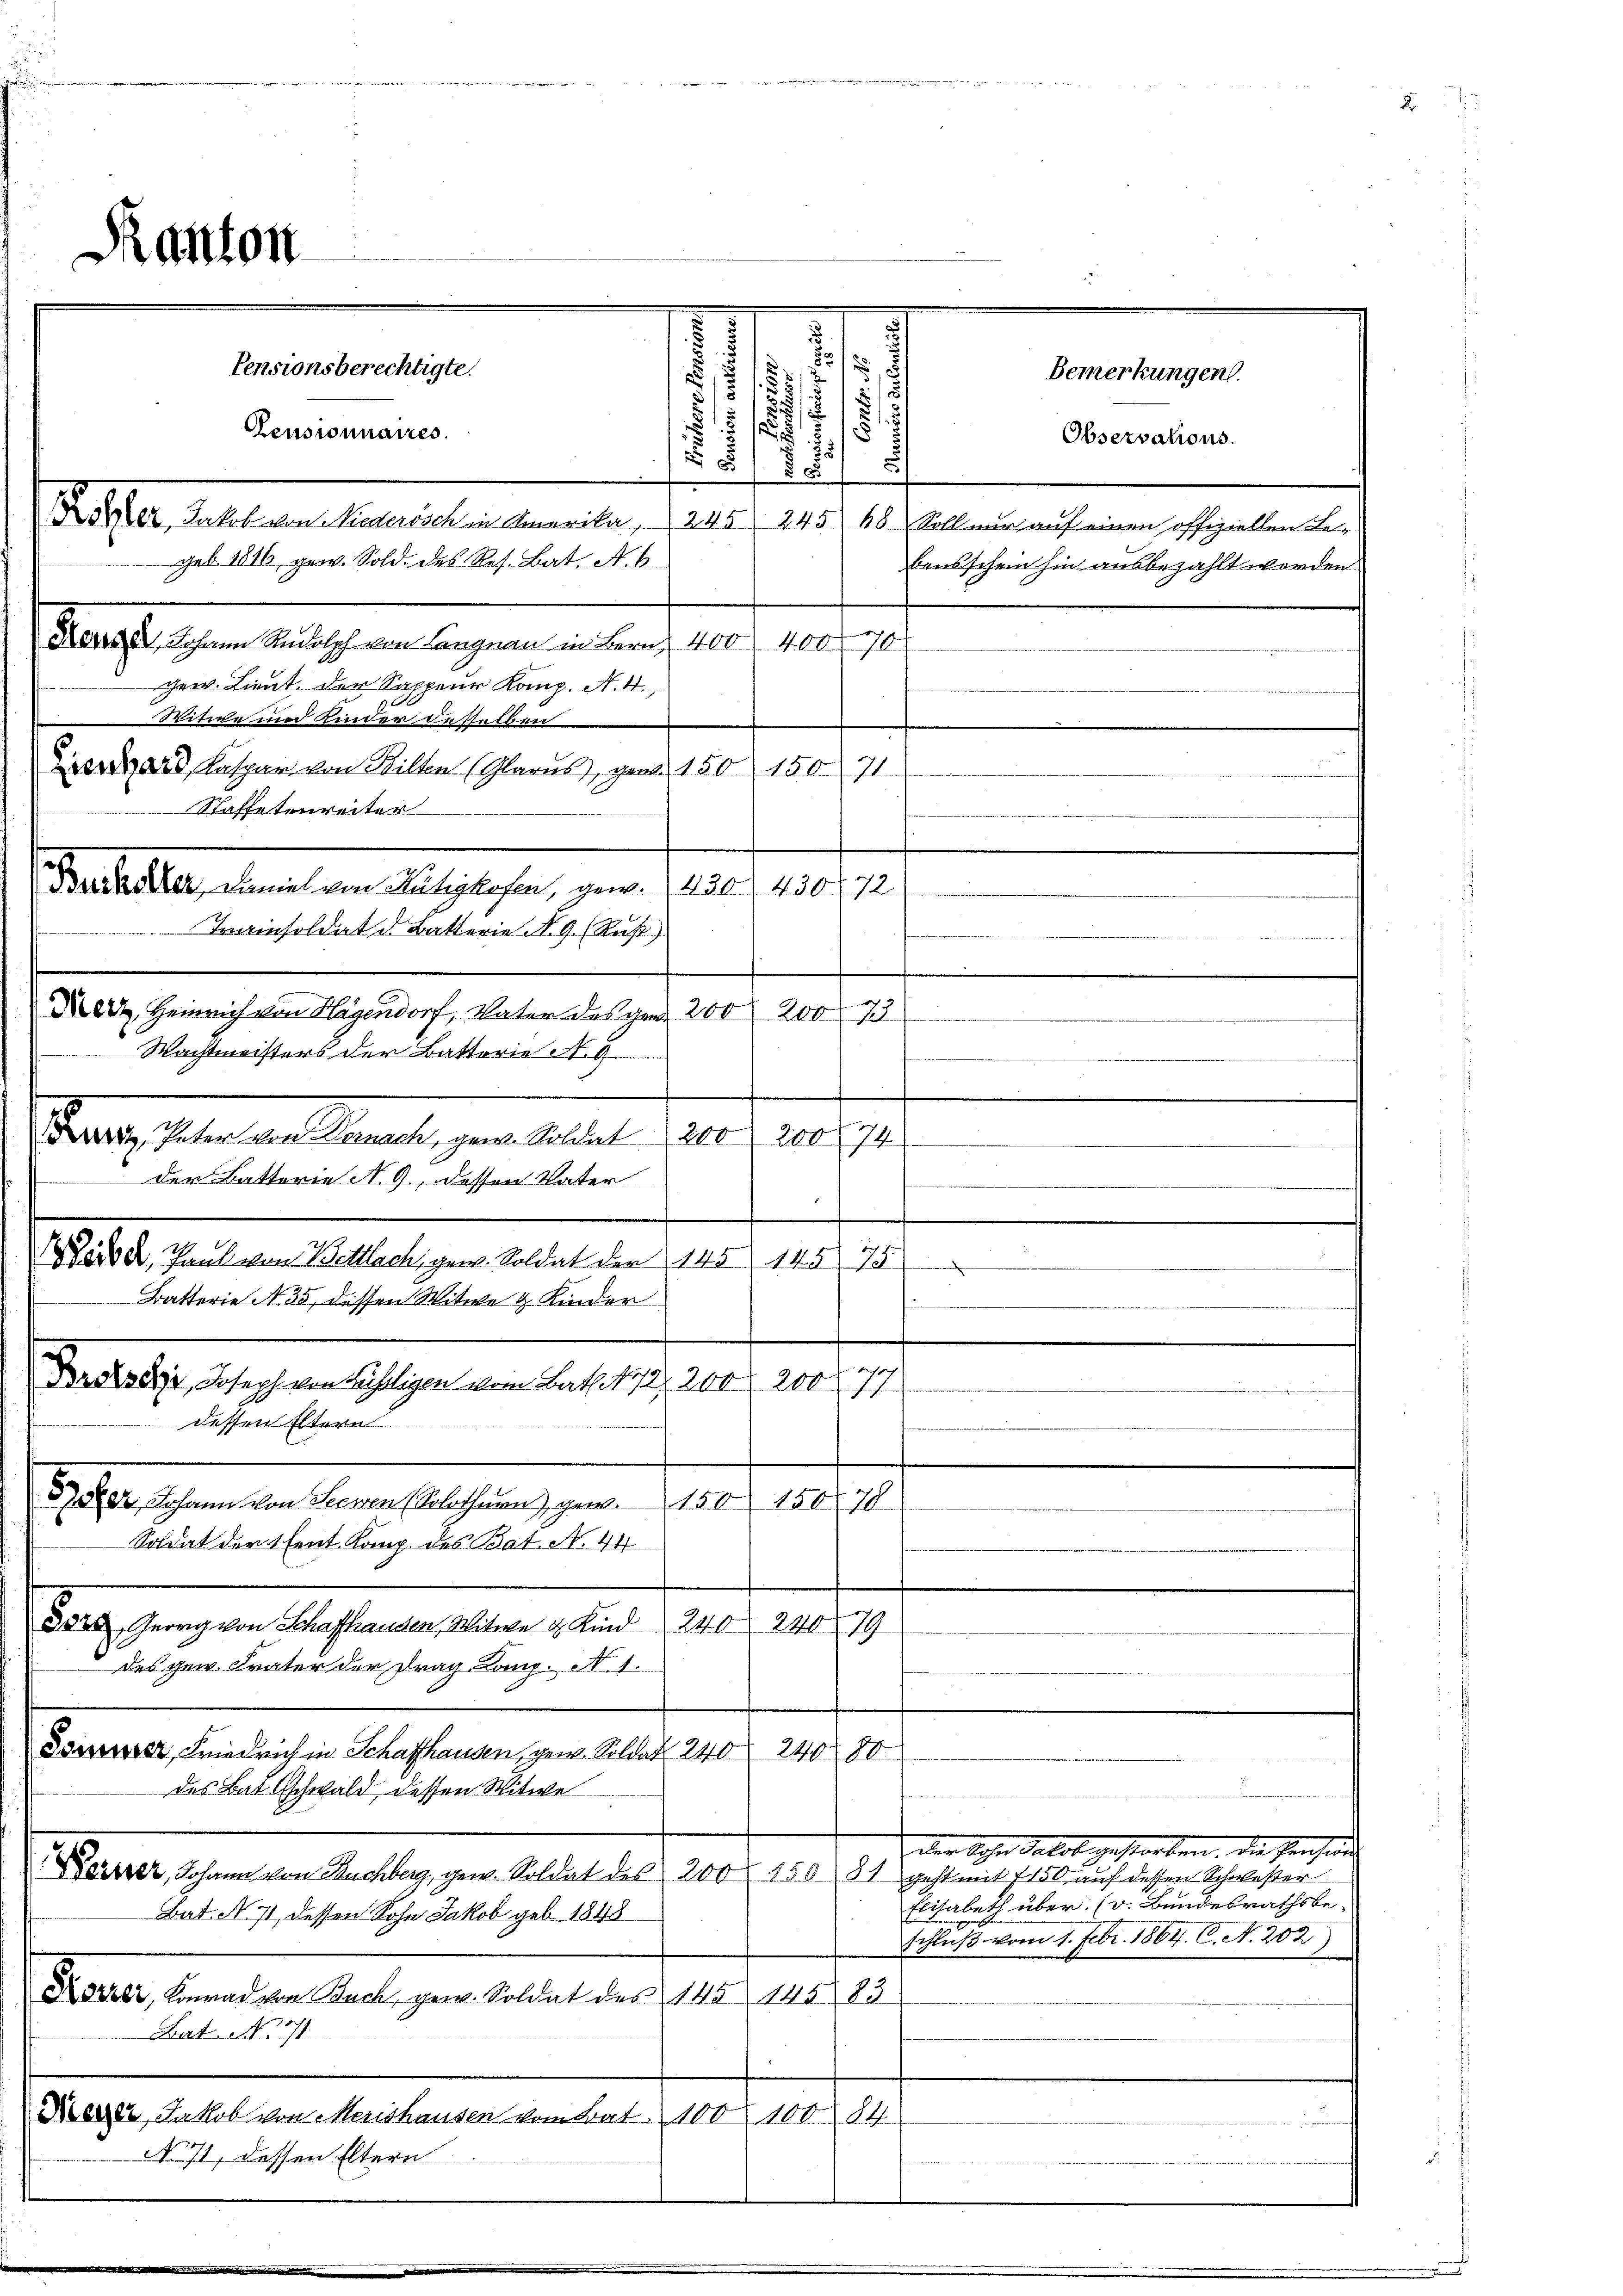
d
.
2
Bemerkungen.
12
s
.
s
5/2
.
1
 12 x
Observations.
)
i
.
.
3
125
 Oder, Jakob von Niederisch in Amerika, 245. 245. 68. Soll nur auf einen offiziellen Begeb. 1816, gen. Sold des Res. Bat. A. 6
bensschein hin ausbezahlt werden.
erpflichen Meilich ein legen an den 120 f 10. 10.
gew. Lieut. der Sappeur Komp. N. 4.,
Witwe und Kinder desselben
Arena Kaspar von Bilten (Glarus, gen. 150. 150. 71.
Staffeterweiter
Denselber, dem vom 14. Jahre, genen auch 1810. M
Irisoldat d. Batterie No. 9. (Recht)
 Heinrich von Hagendorf, Vater des grad. 200
2002
Wachtmeisters der Batterie A. G.
Peuer, Vater von Danach, gene Stillet 1200 f 200. 74
der Batterie No. 9, dessen Vater
Waibel, Paul von Bettlach, gew. Soldat der 145. 145. 75.
.
Batterie N. 35, dessen Witwe & Kinder
Drdsee, Joseph von Fähligen vom Bat. 172. 200 r. 200. 77
dessen Eltern.
) erschen den Berner technung gene 1805. 180.
120
Soldat der 1 tent Komp. des Bat. No. 44
332, Georg von Schaffhanden, Witwe & Kind 240 240 79
des gew. Frater der Frag Komp. N. 1.
Sossser, Friedrich in Schaffhausen, gen. Soldat 240 240 80
des Baltschwald dessen Mitwe
der Sohn Salat gestorben. Die Pension
Der, Johann von Buchberg, gew. Soldat des 200 f 150. 81 geht mit 7 150 auf dessen Schwester
Elisabeth über. (v. Bundesrathsbe-
Bat. N. 71, dessen Sohn Jakob geb. 1848
Schluß vom 1. Febr. 1864. C. N. 202)
Kover, Konrad von Buch, gew. Soldat des 145 145 83
Lat. No 71
Dieser Jakob von Merishausen vom Bat. 100 100. 84
No 71, dessen Eltern

Kanton

Pensionsberechtigte.
Censionnaires.